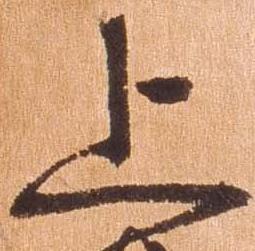
上